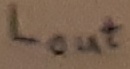
Text: LOUT